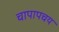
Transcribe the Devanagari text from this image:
चापापचय